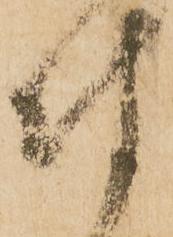
付